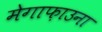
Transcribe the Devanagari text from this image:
मेगाफ़ाउना